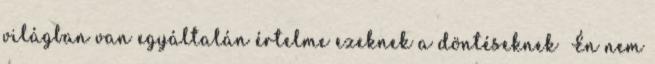
világban van egyáltalán értelme ezeknek a döntéseknek Én nem